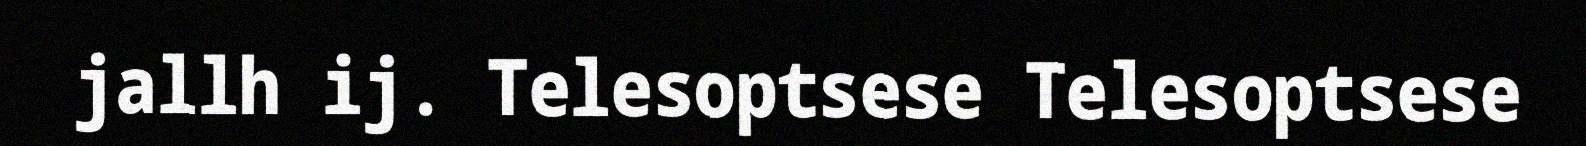
jallh ij. Telesoptsese Telesoptsese